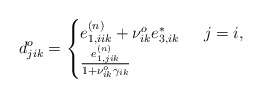
\begin{align*}d^{o}_{jik} =\begin{cases}e^{(n)}_{1,iik}+\nu^{o}_{ik}e^{*}_{3,ik} & \,\,\, j = i, \\\frac{e^{(n)}_{1,jik}}{1+\nu^{o}_{ik}\gamma_{ik}} & \end{cases}\end{align*}